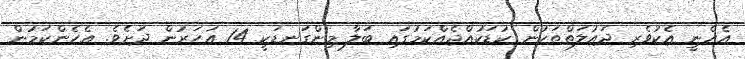
އެހެނީ އެކުވެރި ދައުލަތްތަކުން ކުޑަކުއްޖެއްކަމުގައި ބަލާ މިންގަނޑަކީ 14 އަހަރުން ދަށެވެ. އެހެންކަމުން